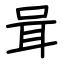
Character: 咠